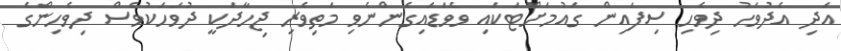
އަދި އެދުވަހު ދިވެހި ސިފައިން ގައުމަށްޓަކައި ވެވަޑައިގެންނެވި މަތިވެރި ޖިހާދަކީ ދުވަހަކުވެސް ދިވެހިންގެ